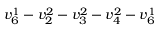
v _ { 6 } ^ { 1 } - v _ { 2 } ^ { 2 } - v _ { 3 } ^ { 2 } - v _ { 4 } ^ { 2 } - v _ { 6 } ^ { 1 }